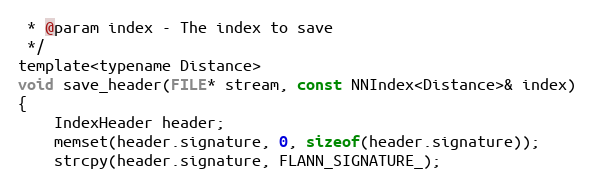
Language: C
 * @param index - The index to save
 */
template<typename Distance>
void save_header(FILE* stream, const NNIndex<Distance>& index)
{
    IndexHeader header;
    memset(header.signature, 0, sizeof(header.signature));
    strcpy(header.signature, FLANN_SIGNATURE_);